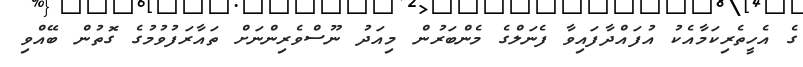
ގެ އެހީތެރިކަމާއެކު އުފައްދާފައިވާ ފެނަލްގެ މެންބަރުން މިއަދު ނޫސްވެރިންނަށް ތައާރަފުވުމުގެ ގޮތުން ބޭއްވި